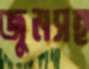
জুমসহ